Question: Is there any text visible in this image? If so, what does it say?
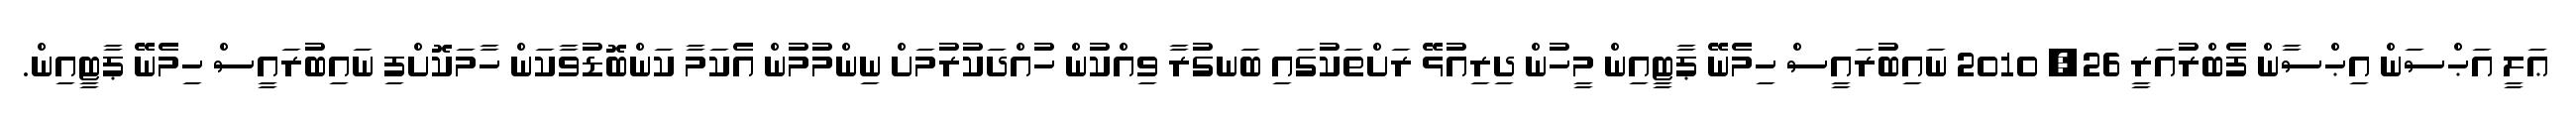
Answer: ޢަލީ އަޙްސަން އިޙްސާން ފެބްރުއަރީ 26, 2010 ނައިބުރައީސް ހިމެނޭ ޕާޓީއިން މީހުން ދިރިއުޅޭ ރަށްތަކުގައި ބަނގުރާ ވިއްކުން ހުއްދަކުރުމަށް ނިންމުމުން އެކަމާ ކަންބޮޑުވާކަން ހާމަކޮށްފި ނައިބުރައީސް ހިމެނޭ ޕާޓީއިން.